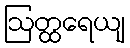
ဩတ္ထရေယျ